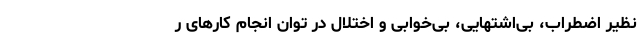
نظیر اضطراب، بی‌اشتهایی، بی‌خوابی و اختلال در توان انجام کارهای ر